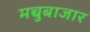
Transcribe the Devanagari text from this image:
मच्चुबाजार